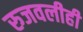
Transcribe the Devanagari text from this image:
रुजवलीही